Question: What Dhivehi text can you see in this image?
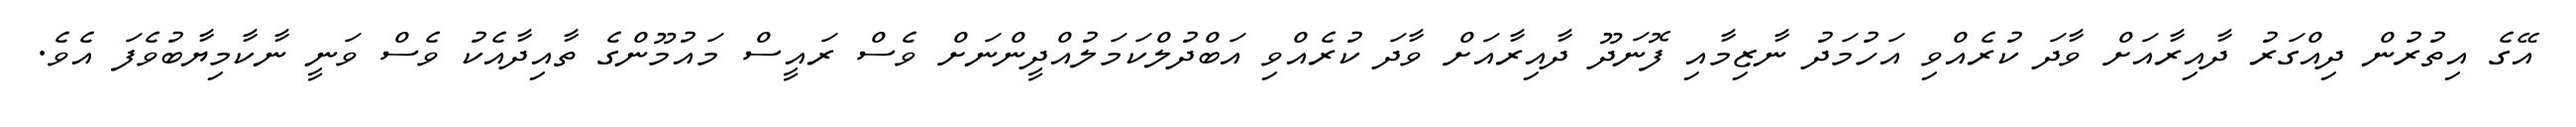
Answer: އޭގެ އިތުރުން ދިއްގަރު ދާއިރާއަށް ވާދަ ކުރެއްވި އަހުމަދު ނާޒިމާއި ފޮނަދޫ ދާއިރާއަށް ވާދަ ކުރެއްވި އަބްދުލްކަމަލުއްދީންނަށް ވެސް ރައީސް މައުމޫންގެ ތާއިދާއެކު ވެސް ވަނީ ނާކާމިޔާބުވެފަ އެވެ.